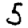
Digit: 5